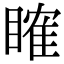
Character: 𥉑